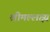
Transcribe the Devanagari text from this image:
श्रीमल्लक्ष्य